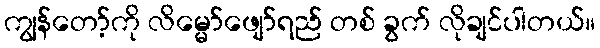
ကျွန်တော့်ကို လိမ္မော်ဖျော်ရည် တစ် ခွက် လိုချင်ပါတယ်။